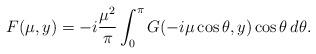
LaTeX: \begin{align*}F(\mu, y) = -i \frac{{\mu}^2}{\pi} \int_0^\pi G(-i\mu \cos\theta,y)\cos\theta\, d \theta .\end{align*}